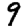
Digit: 9